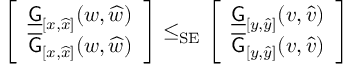
\begin{array} { r } { \left[ \begin{array} { l } { \underline { { \mathsf { G } } } _ { [ x , \widehat { x } ] } ( w , \widehat { w } ) } \\ { \overline { { \mathsf { G } } } _ { [ x , \widehat { x } ] } ( w , \widehat { w } ) } \end{array} \right] \le _ { \mathrm { S E } } \left[ \begin{array} { l } { \underline { { \mathsf { G } } } _ { [ y , \widehat { y } ] } ( v , \widehat { v } ) } \\ { \overline { { \mathsf { G } } } _ { [ y , \widehat { y } ] } ( v , \widehat { v } ) } \end{array} \right] } \end{array}